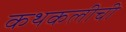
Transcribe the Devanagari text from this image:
कथकलीची